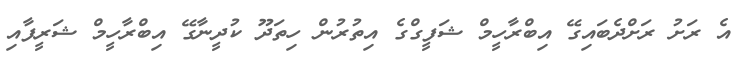
އެ ރަށު ރަށްދެބައިގޭ އިބްރާހީމް ޝަފީގްގެ އިތުރުން ހިތަދޫ ކުދީނާގޭ އިބްރާހީމް ޝަރީފާއި